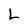
Character: L